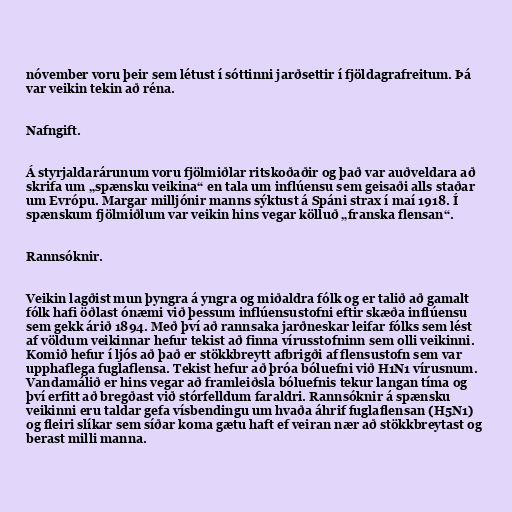
nóvember voru þeir sem létust í sóttinni jarðsettir í fjöldagrafreitum. Þá
var veikin tekin að réna.

Nafngift.

Á styrjaldarárunum voru fjölmiðlar ritskoðaðir og það var auðveldara að
skrifa um „spænsku veikina“ en tala um inflúensu sem geisaði alls staðar
um Evrópu. Margar milljónir manns sýktust á Spáni strax í maí 1918. Í
spænskum fjölmiðlum var veikin hins vegar kölluð „franska flensan“.

Rannsóknir.

Veikin lagðist mun þyngra á yngra og miðaldra fólk og er talið að gamalt
fólk hafi öðlast ónæmi við þessum inflúensustofni eftir skæða inflúensu
sem gekk árið 1894. Með því að rannsaka jarðneskar leifar fólks sem lést
af völdum veikinnar hefur tekist að finna vírusstofninn sem olli veikinni.
Komið hefur í ljós að það er stökkbreytt afbrigði af flensustofn sem var
upphaflega fuglaflensa. Tekist hefur að þróa bóluefni við H1N1 vírusnum.
Vandamálið er hins vegar að framleiðsla bóluefnis tekur langan tíma og
því erfitt að bregðast við stórfelldum faraldri. Rannsóknir á spænsku
veikinni eru taldar gefa vísbendingu um hvaða áhrif fuglaflensan (H5N1)
og fleiri slíkar sem síðar koma gætu haft ef veiran nær að stökkbreytast og
berast milli manna.